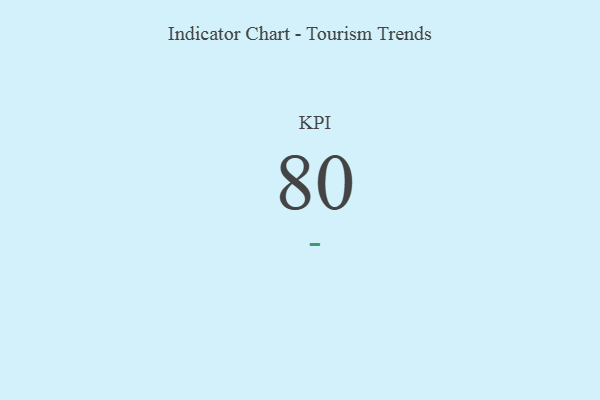
{"axis": {"x": "KPI", "y": "Value"}, "legend": [""], "data": [{"x": "KPI", "y": 80, "type": ""}]}